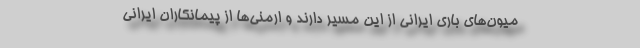
میون‌های باری ایرانی از این مسیر دارند و ارمنی‌ها از پیمانکاران ایرانی